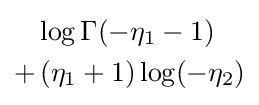
{\begin{aligned}&\log \Gamma (-\eta _{1}-1)\\+&\left(\eta _{1}+1\right)\log(-\eta _{2})\end{aligned}}